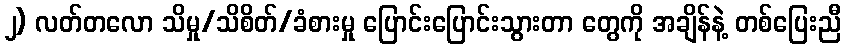
၂) လတ်တလော သိမှု/သိစိတ်/ခံစားမှု ပြောင်းပြောင်းသွားတာ တွေကို အချိန်နဲ့ တစ်ပြေးညီ